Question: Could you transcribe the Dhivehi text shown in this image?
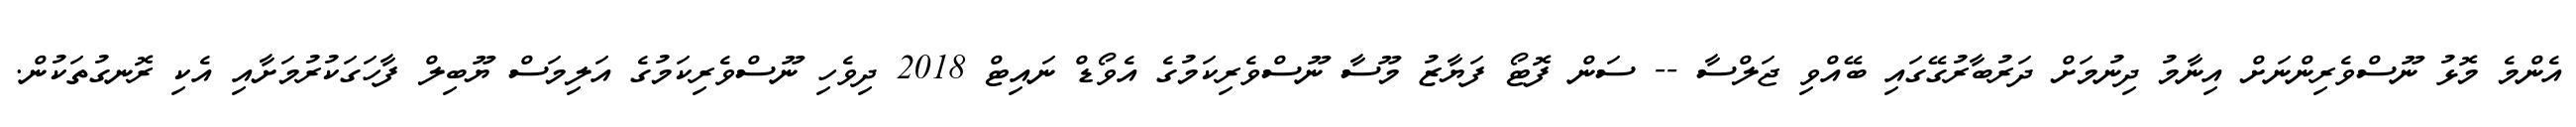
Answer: އެންމެ މޮޅު ނޫސްވެރިންނަށް އިނާމު ދިނުމަށް ދަރުބާރުގޭގައި ބޭއްވި ޖަލްސާ -- ސަން ފޮޓޯ ފަޔާޒު މޫސާ ނޫސްވެރިކަމުގެ އެވޯޑް ނައިޓް 2018 ދިވެހި ނޫސްވެރިކަމުގެ އަލިމަސް ޔޫބިލް ފާހަގަކުރުމަށާއި އެކި ރޮނގުތަކުން.